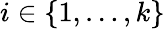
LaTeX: i\in\{ 1,\ldots,k\}